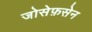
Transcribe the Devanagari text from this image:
जोसेफ़सेन